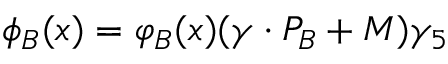
\phi _ { B } ( x ) = \varphi _ { B } ( x ) ( \gamma \cdot P _ { B } + M ) \gamma _ { 5 }